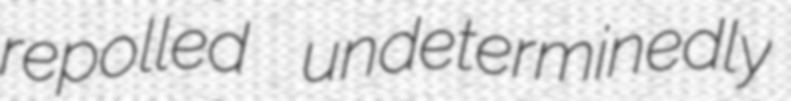
repolled undeterminedly